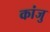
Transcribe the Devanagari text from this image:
कांजु